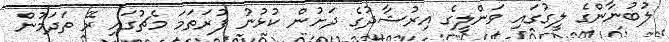
ލުބުނާންގެ ލީގުގައި ވަންލީގެ އިރުޝާދުގެ ދަށުން ކުޅުނު ފުރަތަމަ މެޗުގައި ރޭ ތަދަމުން